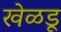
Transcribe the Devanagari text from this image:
खेळडू